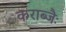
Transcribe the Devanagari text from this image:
कराब्जैः